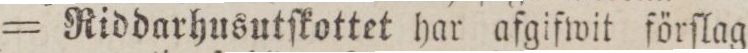
= Riddarhusutſkottet har afgifwit förſlag